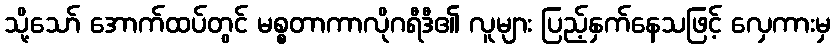
သို့သော် အောက်ထပ်တွင် မစ္စတာကာလိုဂရီဒီ၏ လူများ ပြည့်နှက်နေသဖြင့် လှေကားမှ